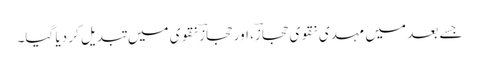
جسے بعد میں مہدی نقوی حجازؔ، اور حجازؔ نقوی میں تبدیل کر دیا گیا۔